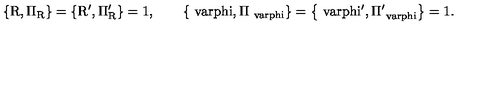
\mathrm { \left\{ R , \Pi _ { R } \right\} = \left\{ R ^ { \prime } , \Pi _ { R } ^ { \prime } \right\} = 1 , \qquad \left\{ \ v a r p h i , \Pi _ { \ v a r p h i } \right\} = \left\{ \ v a r p h i ^ { \prime } , \Pi _ { \ v a r p h i } ^ { \prime } \right\} = 1 . }